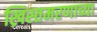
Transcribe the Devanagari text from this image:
ख्रिस्तमरणाच्या